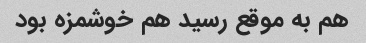
هم به موقع رسید هم خوشمزه بود